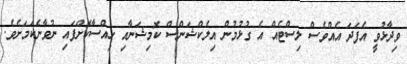
ވިދާޅުވީ އެފަދަ އެއްވެސް ލިސްޓެއް އެ ގުޅުމުން އިލެކްޝަންސް ކޮމިޝަނާއި ހިއްސާކޮށްފައި ނުވާނެކަމަށެވެ.